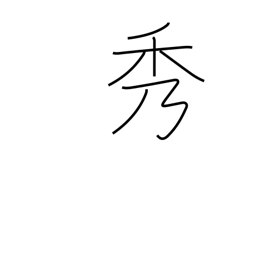
Meaning: beauty